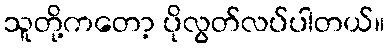
သူတို့ကတော့ ပိုလွတ်လပ်ပါတယ်။